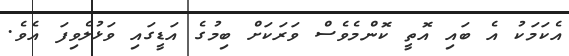
އެކަމަކު އެ ބައި އޮތީ ކޮންމެވެސް ވަރަކަށް ބިމުގެ އަޑީގައި ވަޅުލެވިފަ އެވެ.